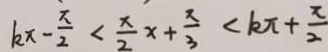
k x - \frac { \pi } { 2 } < \frac { x } { 2 } x + \frac { x } { 3 } < k \pi + \frac { x } { 2 }